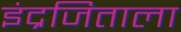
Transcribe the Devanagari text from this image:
इंद्रजिताला